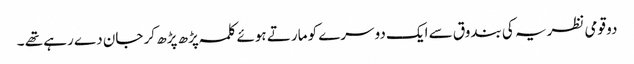
دو قومی نظریہ کی بندوق سے ایک دوسرے کو مارتے ہوئے کلمہ پڑھ پڑھ کر جان دے رہے تھے ۔